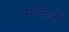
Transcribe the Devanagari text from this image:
मरॉडर्स